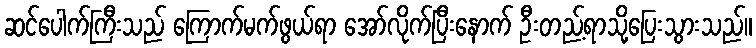
ဆင်ပေါက်ကြီးသည် ကြောက်မက်ဖွယ်ရာ အော်လိုက်ပြီးနောက် ဦးတည့်ရာသို့ပြေးသွားသည်။